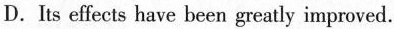
D. Its effects have been greatly improved.